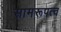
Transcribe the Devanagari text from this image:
सामरूपत्व